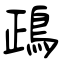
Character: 鴊